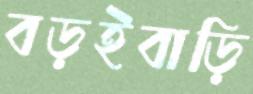
বড়ইবাড়ি